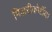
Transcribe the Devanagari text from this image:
मिज़रीकोर्डीया